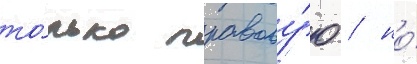
то́лько правову́ю / но́